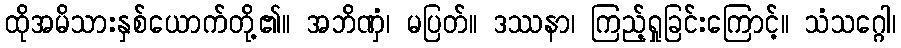
ထိုအမိသားနှစ်ယောက်တို့၏။ အဘိဏှံ၊ မပြတ်။ ဒဿနာ၊ ကြည့်ရှုခြင်းကြောင့်။ သံသဂ္ဂေါ၊